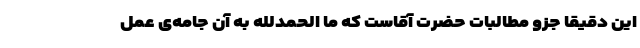
این دقیقاً جزو مطالبات حضرت آقاست که ما الحمدللّه به آن جامه‌ی عمل